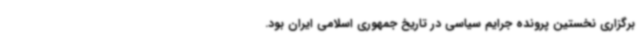
برگزاری نخستین پرونده جرایم سیاسی در تاریخ جمهوری اسلامی ایران بود.